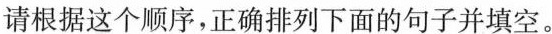
请根据这个顺序，正确排列下面的句子并填空。